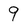
Character: 9